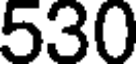
530